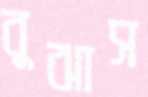
বুঝাস